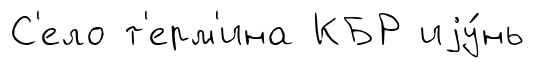
С'ело т'ерм'ина КБР иjу́нь